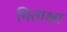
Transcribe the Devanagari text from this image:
मिताक्ष्रा